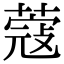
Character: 蔻